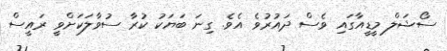
ސޯޝަލް މީޑީއާގައި ވެސް ދައުރުވެ އެވެ. ގިނަ ބަޔަކު ކުރާ ސުވާލަކަށްވީ ރައީސް